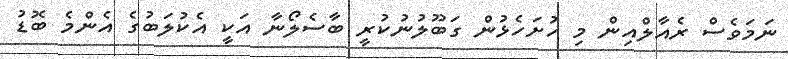
ނަމަވެސް ރެއާލްއިން މި ހުށަހެޅުން ގަބޫލުނުކުރީ ބާސެލޯނާ އަކީ އެކުލަބުގެ އެންމެ ބޮޑު